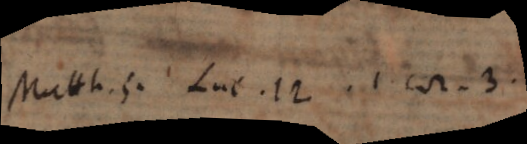
Matth. 5. Luc. 12. 1. Cor. 3.